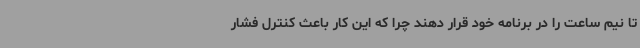
تا نیم ساعت را در برنامه خود قرار دهند چرا که این کار باعث کنترل فشار